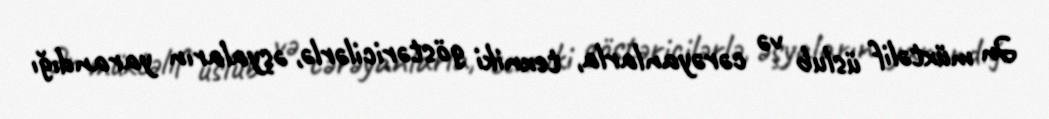
Ən müxtəlif üslub və cərəyanlarla, texniki göstəricilərlə, əşyaların yarandığı